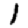
Digit: 1